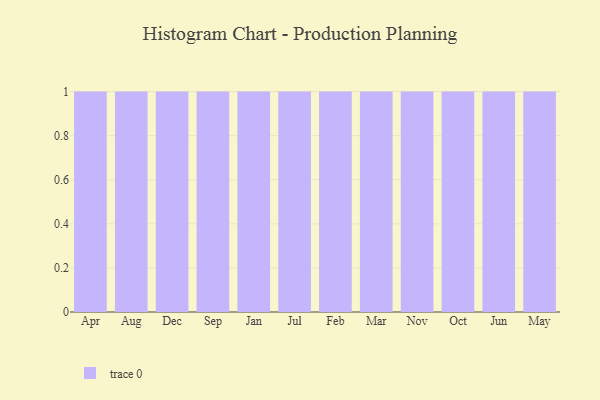
{"axis": {"x": "Month", "y": "Satisfaction Score"}, "legend": [""], "data": [{"x": "Apr", "y": 8, "type": ""}, {"x": "Aug", "y": 75, "type": ""}, {"x": "Dec", "y": 41, "type": ""}, {"x": "Sep", "y": 20, "type": ""}, {"x": "Jan", "y": 80, "type": ""}, {"x": "Jul", "y": 5, "type": ""}, {"x": "Feb", "y": 31, "type": ""}, {"x": "Mar", "y": 52, "type": ""}, {"x": "Nov", "y": 90, "type": ""}, {"x": "Oct", "y": 69, "type": ""}, {"x": "Jun", "y": 61, "type": ""}, {"x": "May", "y": 59, "type": ""}]}